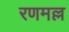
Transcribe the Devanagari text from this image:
रणमल्ल